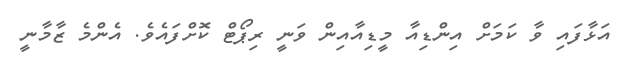
އަޅާފައި ވާ ކަމަށް އިންޑިއާ މީޑިއާއިން ވަނީ ރިޕޯޓް ކޮށްފައެވެ. އެންމެ ޒާމާނީ